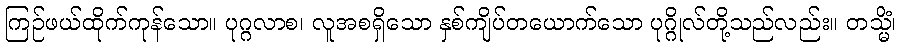
ကြဉ်ဖယ်ထိုက်ကုန်သော။ ပုဂ္ဂလာစ၊ လူအစရှိသော နှစ်ကျိပ်တယောက်သော ပုဂ္ဂိုလ်တို့သည်လည်း။ တသ္မိံ၊